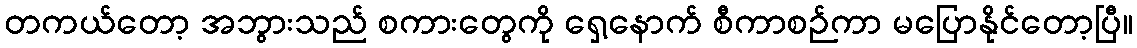
တကယ်တော့ အဘွားသည် စကားတွေကို ရှေ့နောက် စီကာစဉ်ကာ မပြောနိုင်တော့ပြီ။